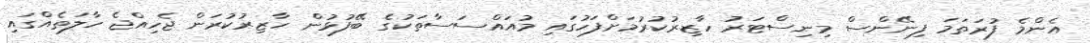
އެންމެ ފުރަތަމަ ފިނޭންސް މިނިސްޓަރު ހާޒިރުކުރުމަށްފަހުގައި މުއައްސަސާތަކުގެ ބޭފުޅުން ހާޒިރުކުރަން ޖެހިއްޖެ ހާލަތެއްގައި